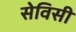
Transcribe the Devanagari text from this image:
सेविसी